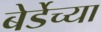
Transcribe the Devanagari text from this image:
बेर्डेच्या